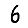
Digit: 6